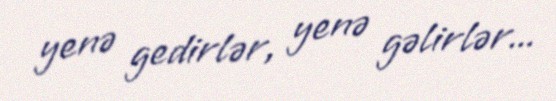
yenə gedirlər, yenə gəlirlər...